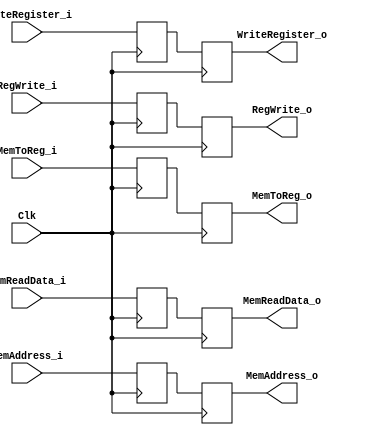
//Percentages
//Mason: 33%
//Alex: 33%
// Ali: 33%
module MEM_WB_Register(
    input Clk,
    //controller
    //write-back
    input RegWrite_i,
    input MemToReg_i,
    
    //write-back
    output reg RegWrite_o,
    output reg MemToReg_o,
    
    //other inputs
    input [31:0] MemReadData_i,
    input [31:0] MemAddress_i,
    input [4:0] WriteRegister_i,

    //other outputs
    output reg [31:0] MemReadData_o,
    output reg [31:0] MemAddress_o,
    output reg [4:0] WriteRegister_o
    );
    
    reg RegWrite;
    reg MemToReg;
    
    reg [31:0] MemReadData;
    reg [31:0] MemAddress;
    reg [4:0] WriteRegister;
    

    always @(posedge Clk) begin
        RegWrite <= RegWrite_i;
        MemToReg <= MemToReg_i;
        
        MemReadData <= MemReadData_i;
        MemAddress <= MemAddress_i;
        WriteRegister <= WriteRegister_i;
    end
    
    always @(negedge Clk) begin
        RegWrite_o <= RegWrite;
        MemToReg_o <= MemToReg;
        
        MemReadData_o <= MemReadData;
        MemAddress_o <= MemAddress;
        WriteRegister_o <= WriteRegister;
    end


endmodule